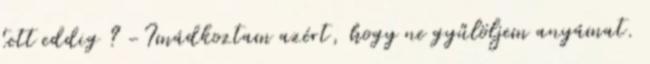
tett eddig ? -Imádkoztam azért, hogy ne gyűlöljem anyámat.